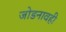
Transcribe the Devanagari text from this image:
जोडनावही